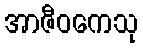
အာဇီဝကေသု